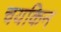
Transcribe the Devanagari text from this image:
चयकिन